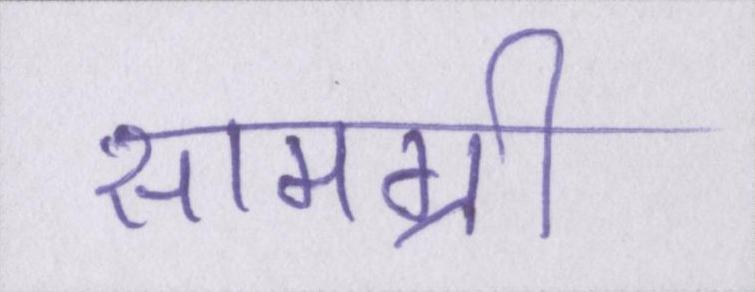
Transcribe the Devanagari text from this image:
सामग्री